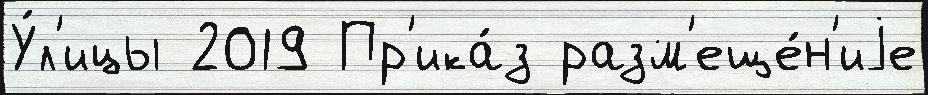
У́л'ицы 2019 Пр'ика́з разм'еще́н'иjе